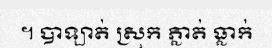
។ បាឡាត់ ស្រុក ភ្លាត់ ធ្លាក់